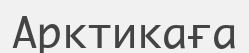
Арктикаға